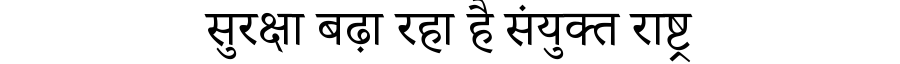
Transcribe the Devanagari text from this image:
सुरक्षा बढ़ा रहा है संयुक्त राष्ट्र